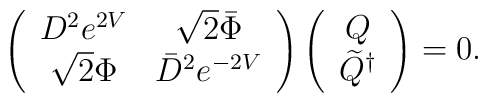
\left( \begin{array}{cc}      D^2 e^{2V} & \sqrt{2} \bar{\Phi} \\ \sqrt{2} \Phi & \bar{D}^2 e^{-2V}     \end{array} \right)  \left(\begin{array}{c}Q\\ \widetilde{Q}^{\dagger}\end{array}  \right) = 0.